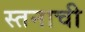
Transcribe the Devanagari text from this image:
स्तनाची